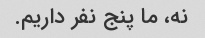
نه، ما پنج نفر داریم.